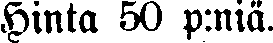
Hinta 50 p:niä.